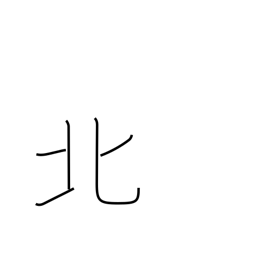
Meaning: north